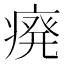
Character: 㾱